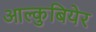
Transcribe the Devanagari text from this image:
आल्कुबियेर